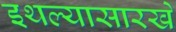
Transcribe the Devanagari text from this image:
इथल्यासारखे